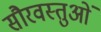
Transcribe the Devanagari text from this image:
सौरवस्तुओं